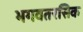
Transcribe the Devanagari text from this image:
भगवतरसिक